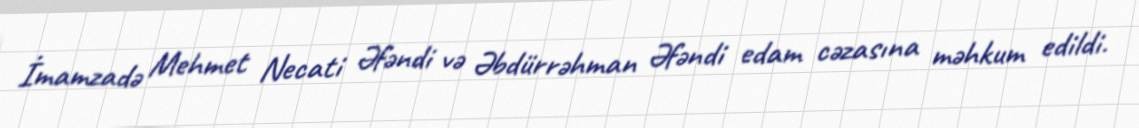
İmamzadə Mehmet Necati Əfəndi və Əbdürrəhman Əfəndi edam cəzasına məhkum edildi.